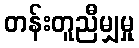
တန်းတူညီမျှမှု